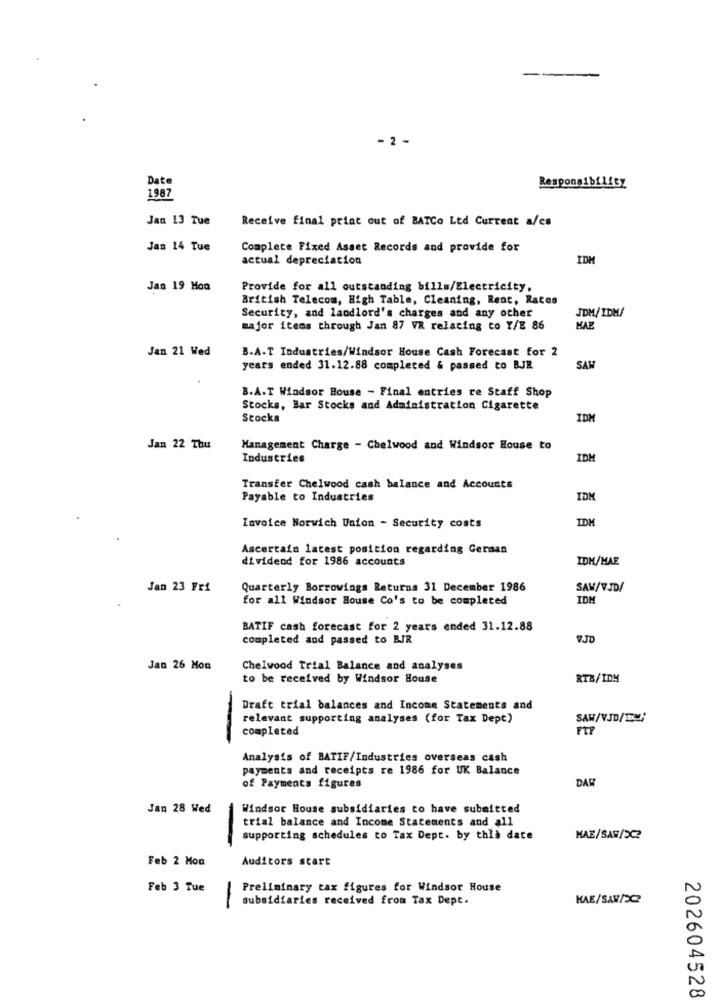
-
- 2 -
Date
Responsibility
1987
Jan 13 Tue
Receive final print out of BATCo Ltd Current a/cs
Jan 14 Tue
Complete Fixed Asset Records and provide for
actual depreciation
IDM
Jan 19 Hon
Provide for all outstanding bills/Electricity,
British Telecom, High Table, Cleaning, Rent, Rates
Security, and landlord's charges and any other
JDM/IDM/
major items through Jan 87 VR relating to Y/E 86
Jan 21 Wed
B.A.T Industries/Windsor House Cash Forecast for 2
years ended 31.12.88 completed & passed to BJR
SAL
B.A.T Windsor House - Final entries re Staff Shop
Stocks, Bar Stocks and Administration Cigarette
Stocks
IDM
Jan 22 Thu
Management Charge - Chelwood and Windsor House to
Industries
IDH
Transfer Chelwood cash balance and Accounts
Payable to Industries
IDM
IDH
Invoice Norwich Union - Security costs
Ascertain latest position regarding German
dividend for 1986 accounts
IDK/HAE
Jan 23 Fri
Quarterly Borrowings Returns 31 December 1986
SAW/V.JD/
for all Windsor House Co's to be completed
IDM
BATIF cash forecast for 2 years ended 31.12.88
completed and passed to BIR
VJD
Jan 26 Mon
Chelwood Trial Balance and analyses
to be received by Windsor House
RTB/IDM
Draft trial balances and Income Statements and
relevant supporting analyses (for Tax Dept)
SAW/VJD/T
completed
-
Analysis of BATIF/Industries overseas cash
payments and receipts re 1986 for UK Balance
DAR
of Payments figures
Jan 28 Wed
Windsor House subsidiaries to have submitted
trial balance and Income Statements and all
-
supporting schedules to Tax Dept. by this date
MAE/SAR/3C2
Feb 2 Mon
Auditors start
Feb 3 Tue
Preliminary tax figures for Windsor House
subsidiaries received from Tax Dept.
KAE/SAW/C
-
202604528